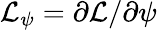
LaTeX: \mathcal{L}_{\psi}=\partial\mathcal{L}/\partial\psi